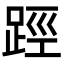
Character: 踁